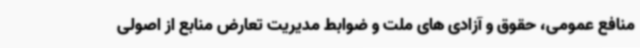
منافع عمومی، حقوق و آزادی های ملت و ضوابط مدیریت تعارض منابع از اصولی